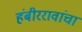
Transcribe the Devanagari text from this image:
हंबीररावांचा